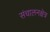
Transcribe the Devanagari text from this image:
संचालनक्षेत्र